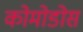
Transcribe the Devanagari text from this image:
कोमोडोस